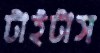
টাইটাস